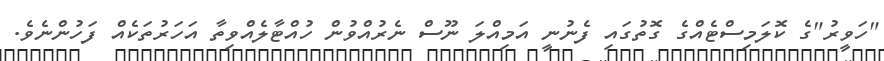
"ހަވީރު"ގެ ކޮލަމިސްޓެއްގެ ގޮތުގައި ފެނުނީ އަމިއްލަ ނޫސް ނެރުއްވުން ހުއްޓާލެއްވިތާ އަހަރުތަކެއް ފަހުންނެވެ.